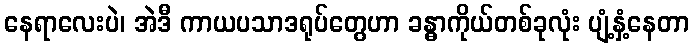
နေရာလေးပဲ၊ အဲဒီ ကာယပသာဒရုပ်တွေဟာ ခန္ဓာကိုယ်တစ်ခုလုံး ပျံ့နှံ့နေတာ